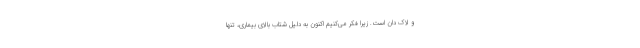
و لاک دان است. زیرا فکر می‌کنیم اکنون به دلیل شتاب بالای بیماری، تنها